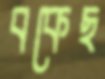
বকেছ